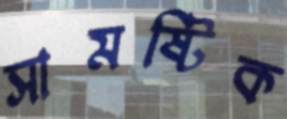
সামষ্টিক